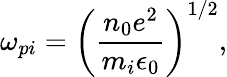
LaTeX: \omega_{pi}=\left(\frac{n_{0}e^{2}}{m_{i}\epsilon_{0}}\right)^{1/2},